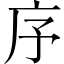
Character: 序